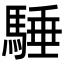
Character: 䮔